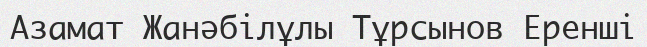
Азамат Жанәбілұлы Тұрсынов Еренші